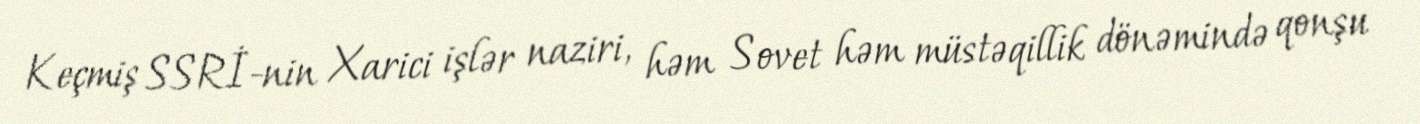
Keçmiş SSRİ-nin Xarici işlər naziri, həm Sovet həm müstəqillik dönəmində qonşu